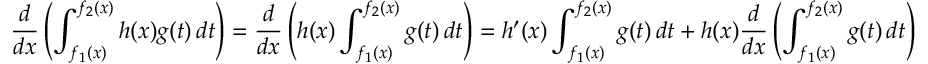
{ \frac { d } { d x } } \left( \int _ { f _ { 1 } ( x ) } ^ { f _ { 2 } ( x ) } h ( x ) g ( t ) \, d t \right) = { \frac { d } { d x } } \left( h ( x ) \int _ { f _ { 1 } ( x ) } ^ { f _ { 2 } ( x ) } g ( t ) \, d t \right) = h ^ { \prime } ( x ) \int _ { f _ { 1 } ( x ) } ^ { f _ { 2 } ( x ) } g ( t ) \, d t + h ( x ) { \frac { d } { d x } } \left( \int _ { f _ { 1 } ( x ) } ^ { f _ { 2 } ( x ) } g ( t ) \, d t \right)